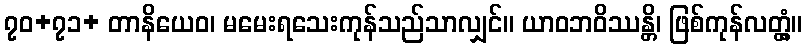
၇၀+၇၁+ တာနိယေဝ၊ မမေးရသေးကုန်သည်သာလျှင်။ ယာဝဘဝိဿန္တိ၊ ဖြစ်ကုန်လတ္တံ့။